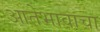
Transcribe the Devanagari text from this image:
आतेभावाचा